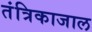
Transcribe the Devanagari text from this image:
तंत्रिकाजाल